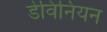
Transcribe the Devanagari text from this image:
डेविनियन